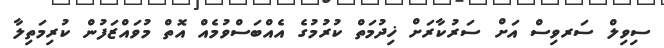
ސިވިލް ސަރވިސް އަށް ސަރުކާރަށް ޚިދުމަތް ކުރުމުގެ އެއްބަސްވުމެއް އޮތް މުވައްޒަފުން ކުރިމަތިލާ